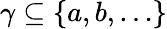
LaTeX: \gamma\subseteq\{ a,b,\ldots\}